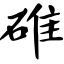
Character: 碓